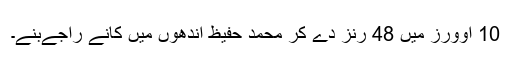
10 اوورز میں 48 رنز دے کر محمد حفیظ اندھوں میں کانے راجےبنے۔